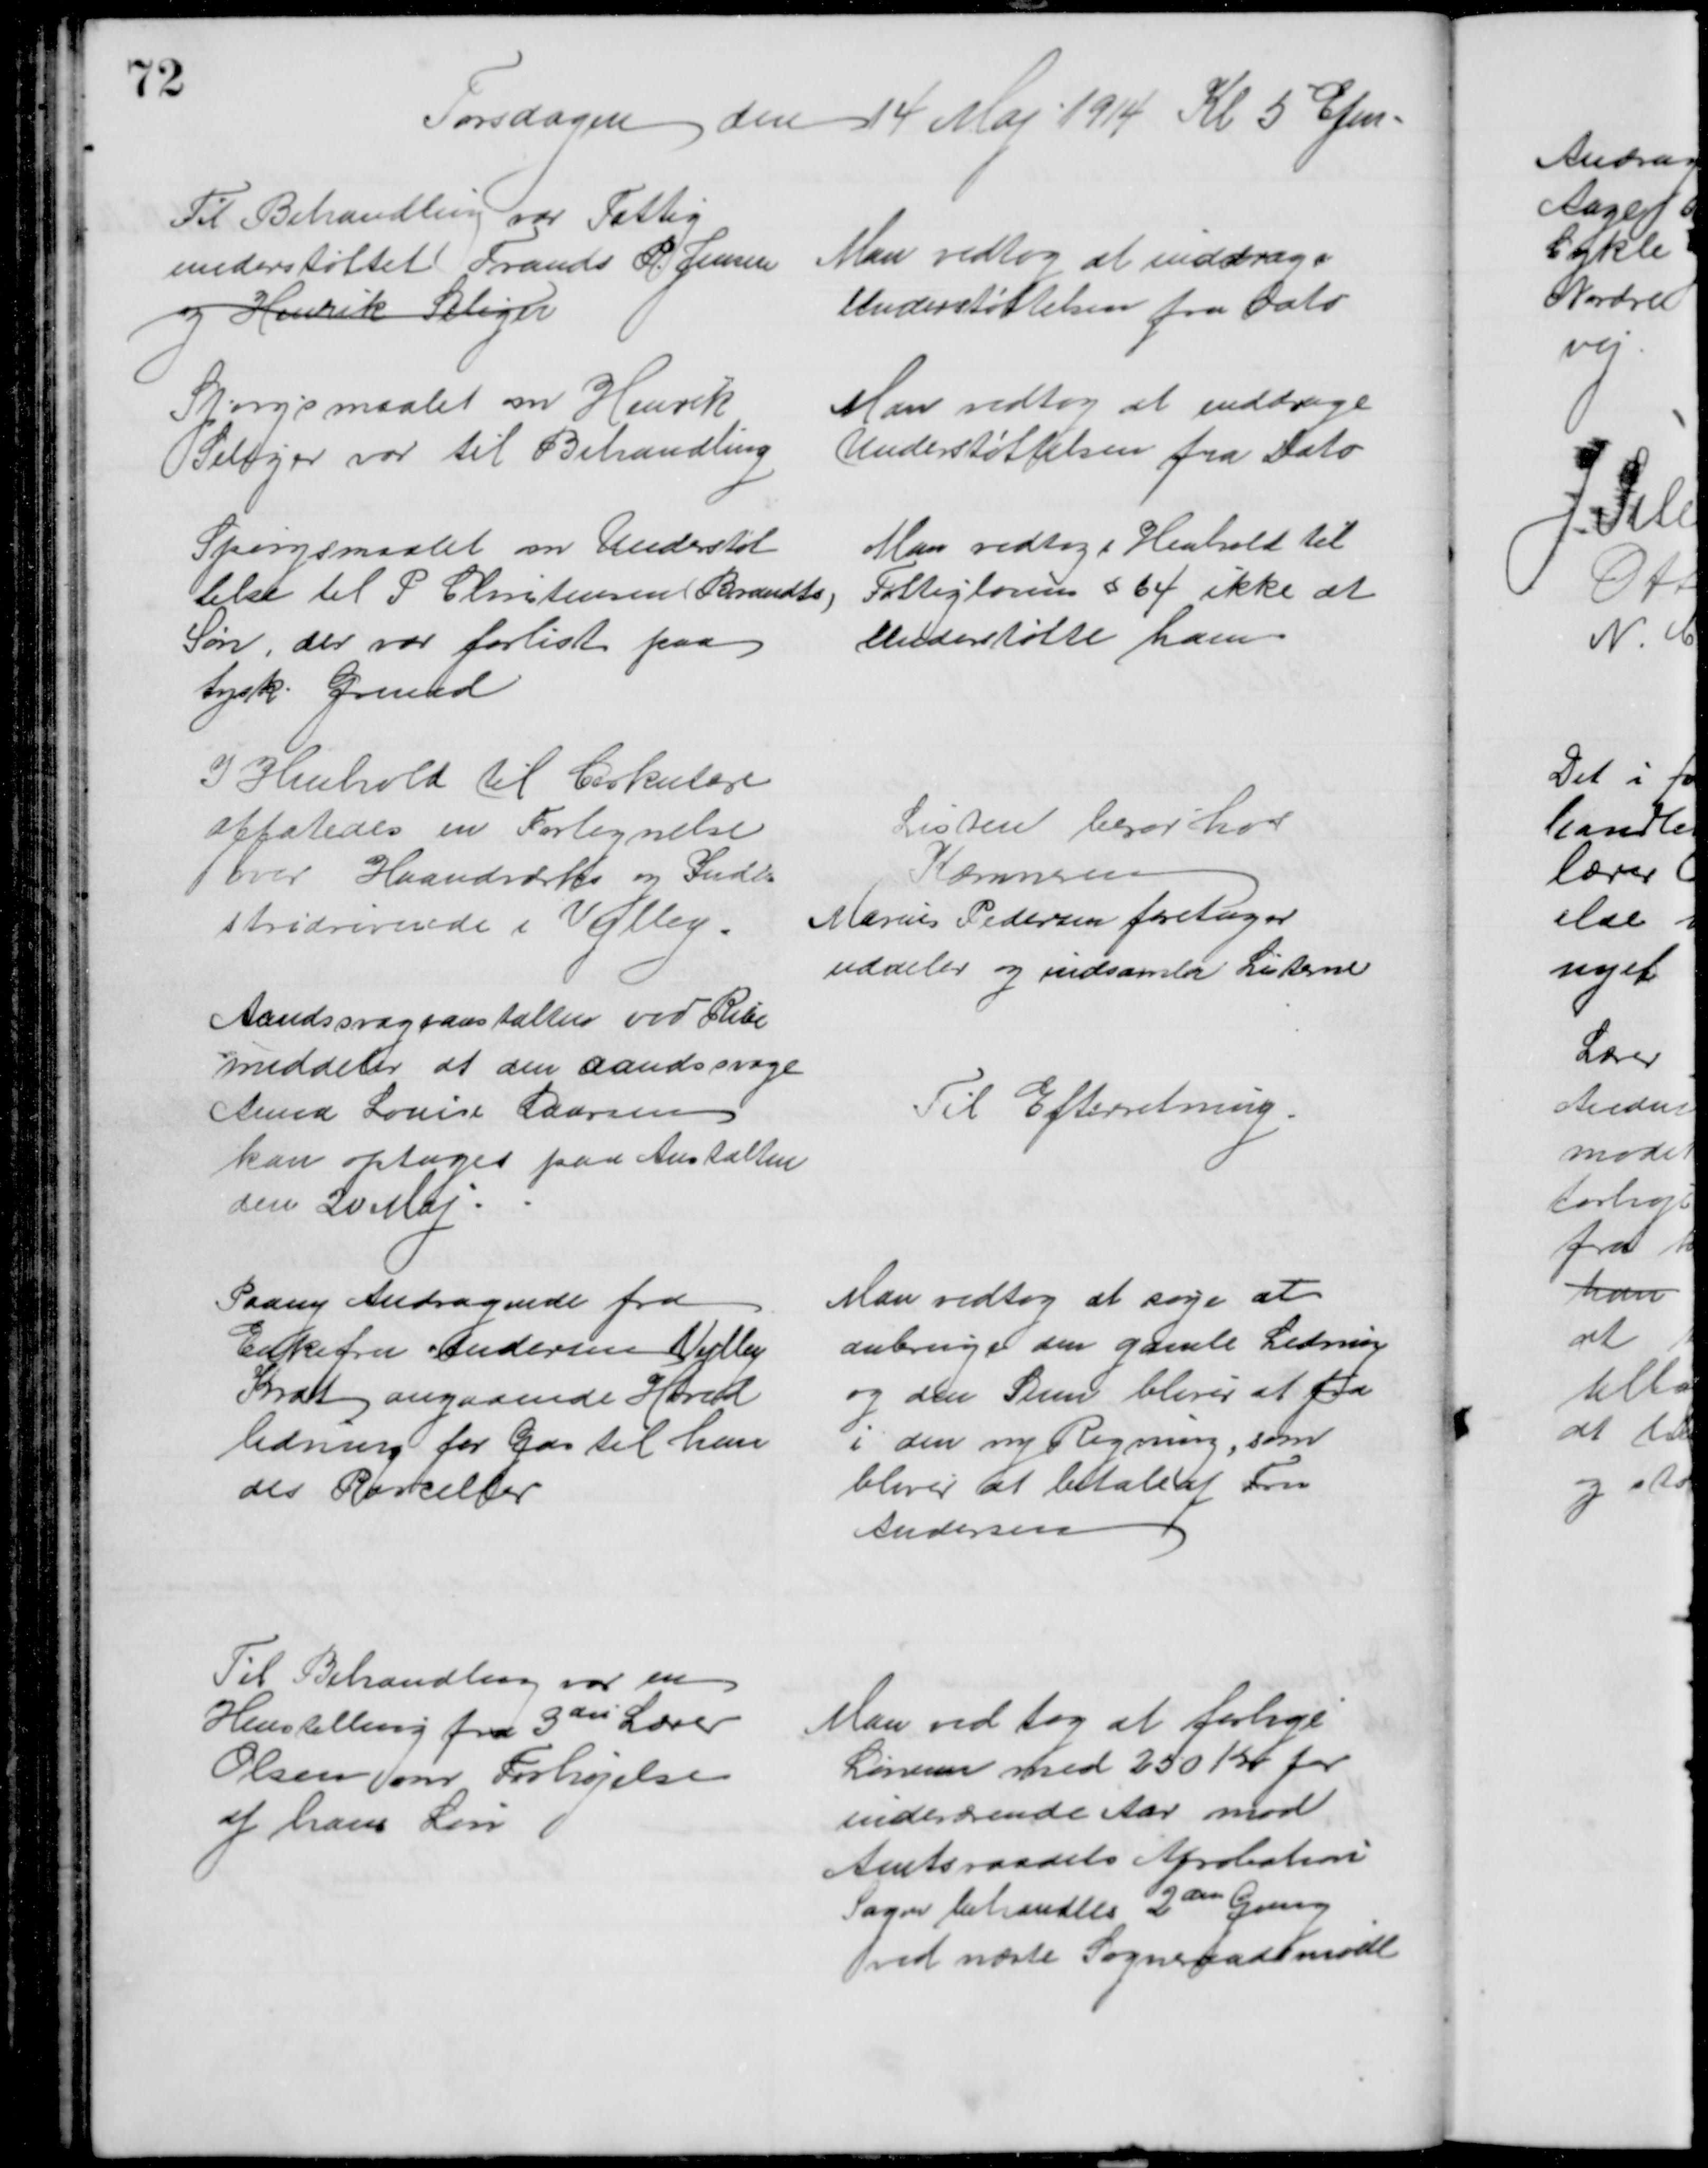
Transskription:
Torsdagen den 4 Maj 1914 Kl 5 Efm.
Til Behandling var Fattig
understøttet Frands P. Jensen
og Henrik Seliger
Man vedtog at inddrage
Understøttelsen fra Dato
Spørgsmaalet om Henrik
Seliger var til Behandling
Man vedtog at inddrage
Understøttelsen fra Dato
Spørgsmaalet om Understøt
telse til P. Christensen (Brandts)
Søn, der var forlist paa
tysk Grund
Man vedtog i Henhold til
Fattigloven § 64 ikke at 
Understøtte ham
I Henhold til Cirkulære
affatedes en Fortegnelse
over Haandværks og Indu
stridrivende i Vejlby.
Listen beses hos
Kæmneren
Marius Pedersen foretager
uddeler og indsamler Listerne
Aandssvageanstalten ved Ribe
meddeler at den aandssvage
Anna Louise Laursen
kan optages paa Anstalten
den 20 Maj.
Til Efterretning.
Paany Andragende fra
Enkefru Andersen Vejlby
Krat angaaende Hoved
ledning for Gas til hen
des Parceller
Man vedtog at søge at
anbringe den gamle Ledning
og den Sum bliver at fra
i den ny Regning, som
bliver at betale af Fru
Andersen
Til Behandling var en
Henstilling fra 3die Lærer
Olsen om Forhøjelse
af hans Løn
Man ved tog at forhøje
Lønnen med 250 Kr for
indeværende Aar mod
Amtsraadets Aprobation
Sagen behandles 2den Gang
ved næste Sogneraadsmøde